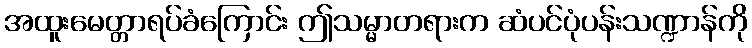
အထူးမေတ္တာရပ်ခံကြောင်း ဤသမ္မာတရားက ဆံပင်ပုံပန်းသဏ္ဍာန်ကို